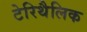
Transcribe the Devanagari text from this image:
टेरिथैलिक